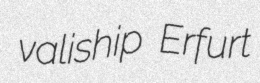
valiship Erfurt